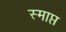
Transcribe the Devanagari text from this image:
स्माप्त